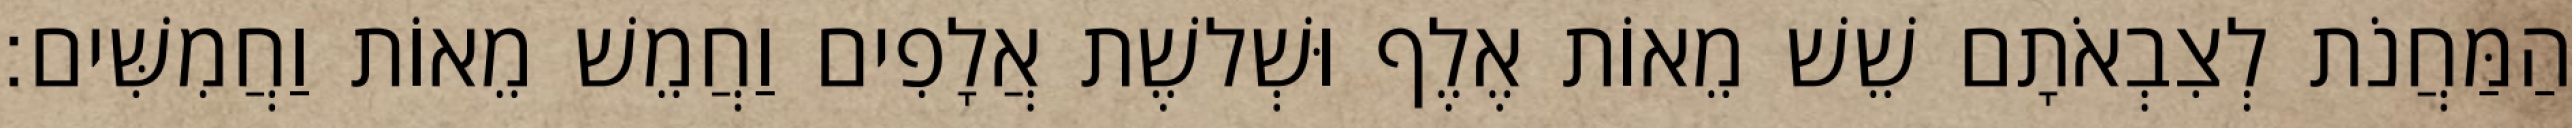
הַמַּחֲנֹת לְצִבְאֹתָם שֵׁשׁ מֵאוֹת אֶלֶף וּשְׁלשֶׁת אֲלָפִים וַחֲמֵשׁ מֵאוֹת וַחֲמִשִּׁים׃